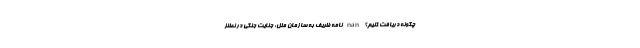
چگونه دریافت کنیم؟ nan نامه ظریف به سازمان ملل: جنایت جنگی در نطنز